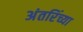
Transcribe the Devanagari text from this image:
अंतरिंच्या